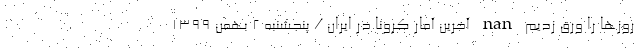
روزها را ورق زدیم nan آخرین آمار کرونا در ایران / پنجشنبه 2 بهمن 1399